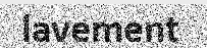
lavement